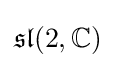
{\mathfrak {sl}}(2,\mathbb {C} )